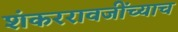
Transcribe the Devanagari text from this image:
शंकररावजींच्याच